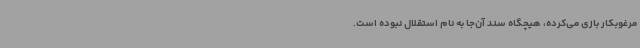
مرغوبکار بازی می‌کرده، هیچگاه سند آن‌جا به نام استقلال نبوده است.